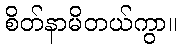
စိတ်နာမိတယ်ကွာ။